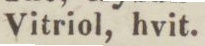
Vitriol, hvit.